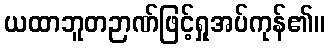
ယထာဘူတဉာဏ်ဖြင့်ရှုအပ်ကုန်၏။